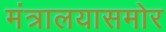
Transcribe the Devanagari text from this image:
मंत्रालयासमोर